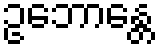
ဥဘောန္တေ